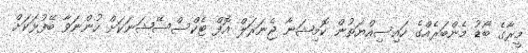
މީރާގެ ބޯޑު މެންބަރެއްގެ ހައިސިއްޔަތުން ކޮމިޝަނާ ޖެނަރަލް އޮފް ޓެކްސްސޭޝަނަކަށް ހުންނަވާ ބޭފުޅަކަށް